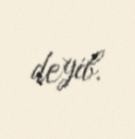
deyib.